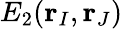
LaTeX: E_{2}(\mathbf{r}_{I},\mathbf{r}_{J})